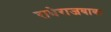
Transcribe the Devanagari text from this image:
राधेराजबाबा